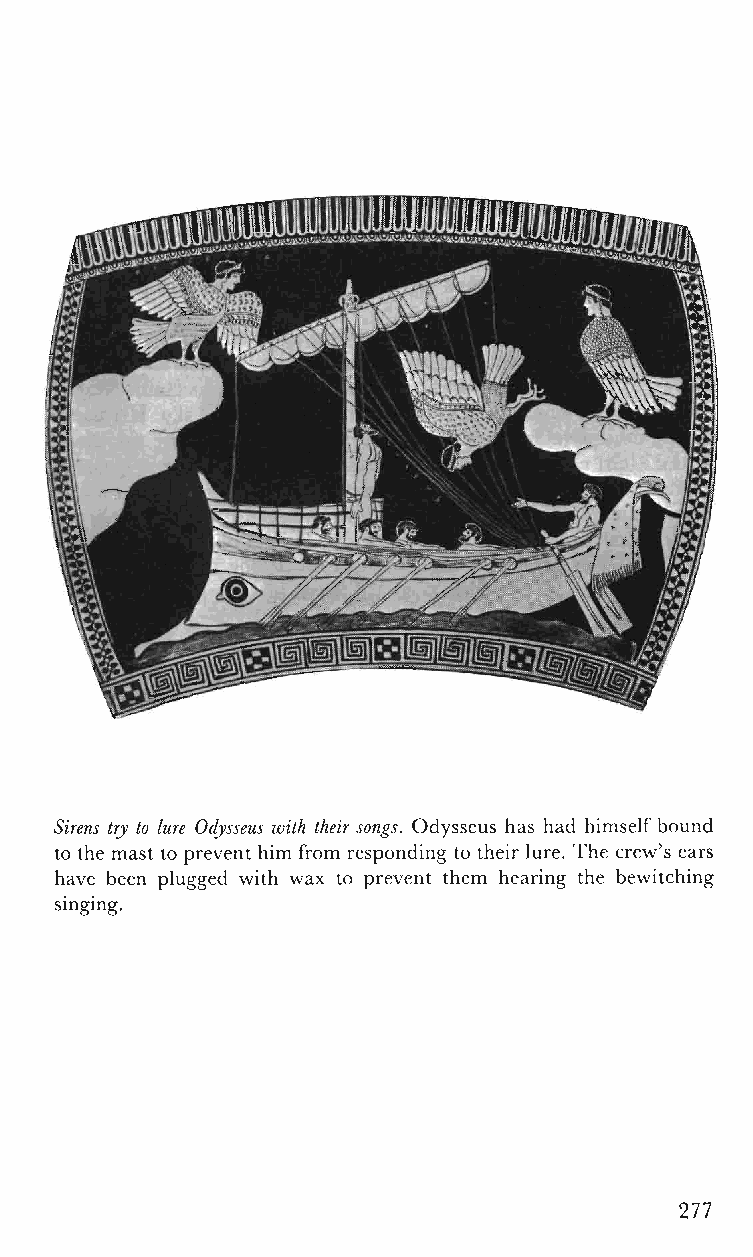
Sirens try to lure Odysseus with their songs. Odysseus has had himself bound
 to the mast to prevent him from responding to thei rlure. The crew's ears
 have been plugged with wax to prevent them hearing the bewitching
 singing.
 277